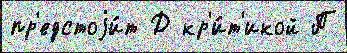
пр'едстоjи́т Д кр'и́т'икой П